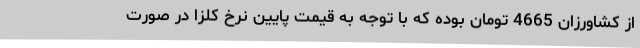
از کشاورزان 4665 تومان بوده که با توجه به قیمت پایین نرخ کلزا در صورت